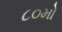
૮૦મો